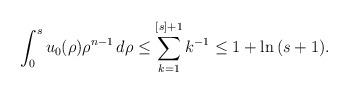
LaTeX: \begin{align*}\int_{0}^{s}u_{0}(\rho)\rho^{n-1}\,d\rho\le \sum_{k=1}^{[s]+1}k^{-1}\leq 1+\ln{}(s+1).\end{align*}